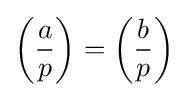
\left({\frac {a}{p}}\right)=\left({\frac {b}{p}}\right)